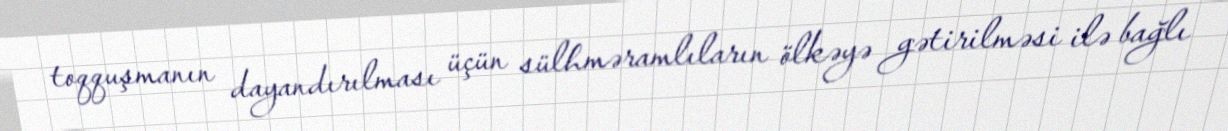
toqquşmanın dayandırılması üçün sülhməramlıların ölkəyə gətirilməsi ilə bağlı